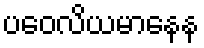
ပဝေလိယမာနေန